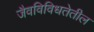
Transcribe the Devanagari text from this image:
जैवविविधतेतील